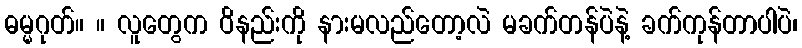
ဓမ္မဂုတ်။ ။ လူတွေက ဝိနည်းကို နားမလည်တော့လဲ မခက်တန်ပဲနဲ့ ခက်ကုန်တာပါပဲ၊